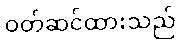
ဝတ်ဆင်ထားသည်